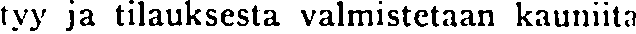
tyy ja tilauksesta valmistetaan kauniita